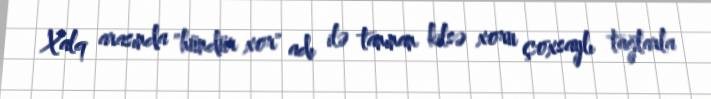
Xalq arasında "hündür xor" adı ilə tanınan kilsə xoru çoxsaylı tağlarla